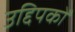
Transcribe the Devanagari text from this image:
उद्दिपकों